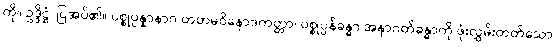
ကို။ ဥဒ္ဒိဋ္ဌံ၊ ပြအပ်၏။ ပစ္စုပ္ပန္နာနာဂ တတမဝိနောဒကတ္တာ၊ ပစ္စုပ္ပန်ခန္ဓာ အနာဂတ်ခန္ဓာကို ဖုံးလွှမ်းတတ်သော